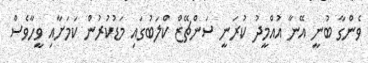
ވެންގާ ބުނީ އޭނާ އުއްމީދު ކުރަނީ ސަންޗޭޒް ކްލަބުގައި މަޑުކުރުން ކަމަށާއި ވީހާވެސް